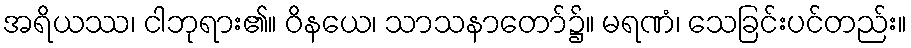
အရိယဿ၊ ငါဘုရား၏။ ဝိနယေ၊ သာသနာတော်၌။ မရဏံ၊ သေခြင်းပင်တည်း။